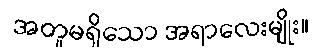
အတူမရှိသော အရာလေးမျိုး။